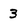
Character: 3